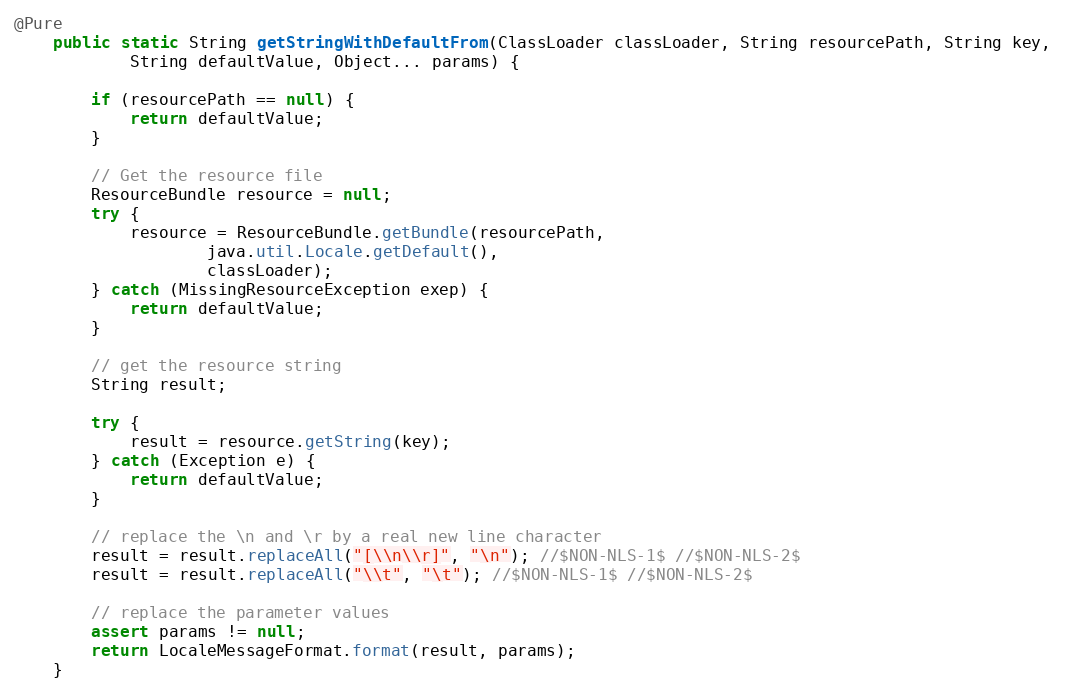
Language: Java
@Pure
	public static String getStringWithDefaultFrom(ClassLoader classLoader, String resourcePath, String key,
			String defaultValue, Object... params) {

		if (resourcePath == null) {
			return defaultValue;
		}

		// Get the resource file
		ResourceBundle resource = null;
		try {
			resource = ResourceBundle.getBundle(resourcePath,
					java.util.Locale.getDefault(),
					classLoader);
		} catch (MissingResourceException exep) {
			return defaultValue;
		}

		// get the resource string
		String result;

		try {
			result = resource.getString(key);
		} catch (Exception e) {
			return defaultValue;
		}

		// replace the \n and \r by a real new line character
		result = result.replaceAll("[\\n\\r]", "\n"); //$NON-NLS-1$ //$NON-NLS-2$
		result = result.replaceAll("\\t", "\t"); //$NON-NLS-1$ //$NON-NLS-2$

		// replace the parameter values
		assert params != null;
		return LocaleMessageFormat.format(result, params);
	}